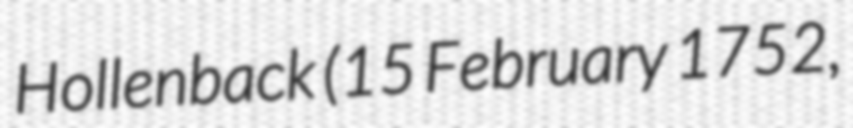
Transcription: Hollenback (15 February 1752,